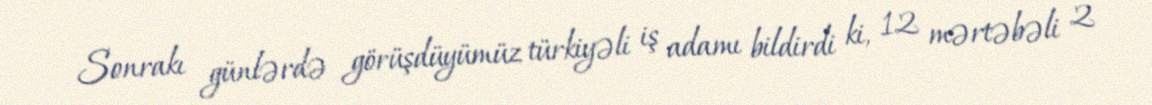
Sonrakı günlərdə görüşdüyümüz türkiyəli iş adamı bildirdi ki, 12 mərtəbəli 2